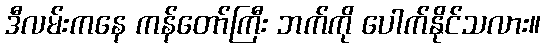
ဒီလမ်းကနေ ကန်တော်ကြီး ဘက်ကို ပေါက်နိုင်သလား။